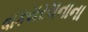
વાકયરચનાના